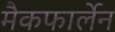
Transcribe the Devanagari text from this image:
मैकफार्लेन